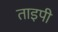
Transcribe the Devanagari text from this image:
ताइपी